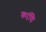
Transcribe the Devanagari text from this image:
कांपि